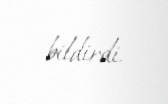
bildirdi.